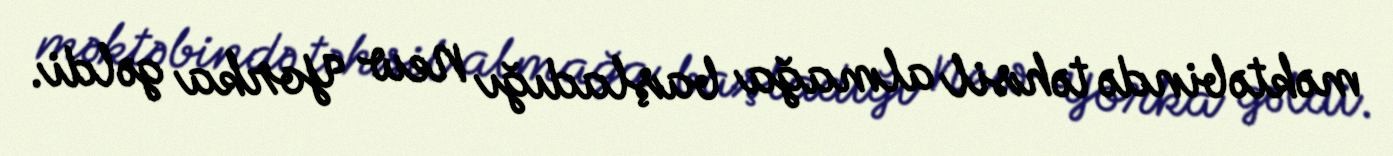
məktəbində təhsil almağa başladığı New Yorka gəldi.